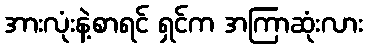
အားလုံးနဲ့စာရင် ရှင်က အကြာဆုံးလား